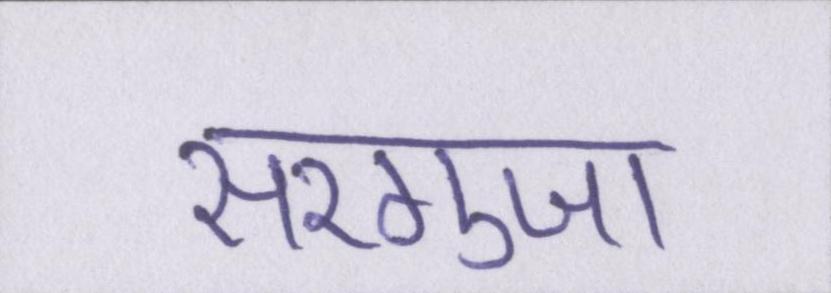
सरगुजा